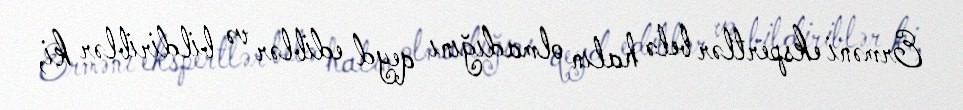
Erməni ekspertlər belə halın olmadığını qeyd ediblər və bildiriblər ki,